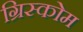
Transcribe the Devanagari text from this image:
ग्रिस्कोम